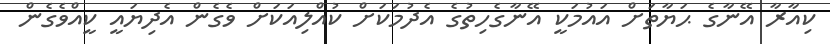
ކިއާރާ އޭނާގެ ޙަޔާތަށް އައުމަކީ އޭނާގެހިތުގެ އެދުމަކަށް ކުއްލިއަކަށް ވެގެން އެދިޔައީ ކީއްވެގެން